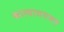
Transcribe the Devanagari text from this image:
कात्यायनमत